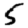
Digit: 5